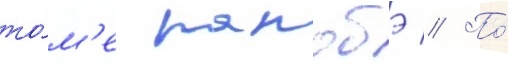
то́м'е ранобэ // По́